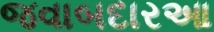
જવાબદારઆ